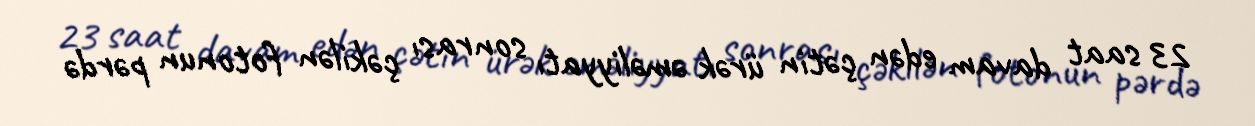
23 saat davam edən çətin ürək əməliyyatı sonrası çəkilən fotonun pərdə